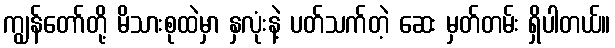
ကျွန်တော်တို့ မိသားစုထဲမှာ နှလုံးနဲ့ ပတ်သက်တဲ့ ဆေး မှတ်တမ်း ရှိပါတယ်။